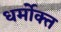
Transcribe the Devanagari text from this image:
धर्मोक्त